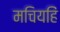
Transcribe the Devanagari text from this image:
मचियहिं